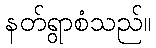
နတ်ရွာစံသည်။